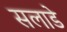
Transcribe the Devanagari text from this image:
सलाडे